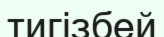
тигізбей